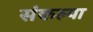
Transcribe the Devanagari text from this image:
संकल्पा